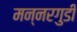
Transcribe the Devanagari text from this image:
मन्नरगुडी